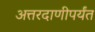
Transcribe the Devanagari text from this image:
अत्तरदाणीपर्यंत